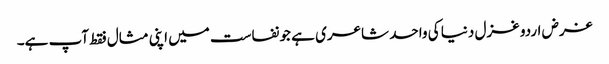
غرض اردو غزل دنیا کی واحد شاعری ہے جو نفاست میں اپنی مثال فقط آپ ہے۔